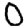
Digit: 0